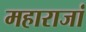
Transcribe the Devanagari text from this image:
महाराजां